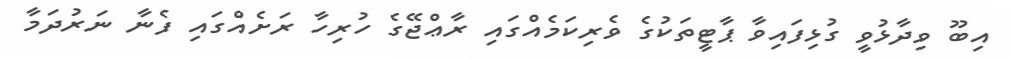
އިބޫ ވިދާޅުވީ ގުޅިފައިވާ ޕާޓީތަކުގެ ވެރިކަމެއްގައި ރާޢްޖޭގެ ހުރިހާ ރަށެއްގައި ފެނާ ނަރުދަމާ